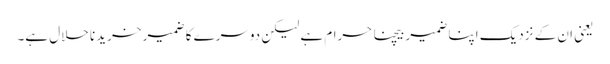
یعنی ان کے نزدیک اپنا ضمیر بیچنا حرام ہے لیکن دوسرے کا ضمیر خریدنا حلال ہے۔